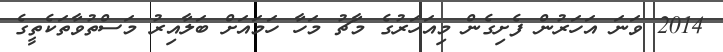
2014 ވަނަ އަހަރުން ފެށިގެން މިއަހަރުގެ މާޗު މަހާ ހަމައަށް ބަލާއިރު މަސްތުވާތަކެތީގެ